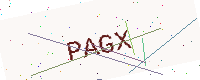
Text: PAGX